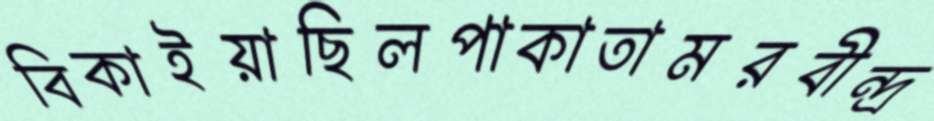
বিকাইয়াছিলপাকাতামরবীন্দ্র